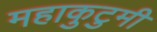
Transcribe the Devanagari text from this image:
महाकुटुमी